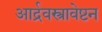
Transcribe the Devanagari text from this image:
आर्द्रवस्त्रावेष्टन